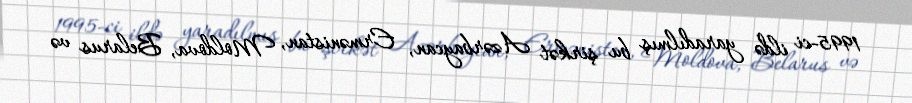
1995-ci ildə yaradılmış bu şirkət Azərbaycan, Ermənistan, Moldova, Belarus və